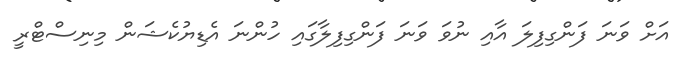
އަށް ވަނަ ފަންގިފިލަ އާއި ނުވަ ވަނަ ފަންގިފިލާގައި ހުންނަ އެޑިޔުކެޝަން މިނިސްޓްރީ